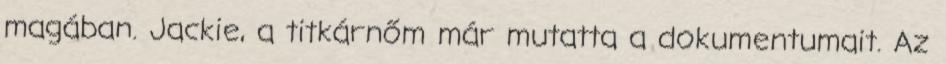
magában. Jackie, a titkárnőm már mutatta a dokumentumait. Az